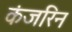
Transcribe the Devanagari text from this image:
कंजरिन